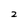
Character: 2